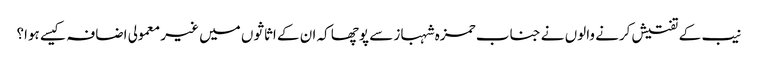
نیب کے تفتیش کرنے والوں نے جناب حمزہ شہباز سے پوچھا کہ ان کے اثاثوں میں غیر معمولی اضافہ کیسے ہوا؟